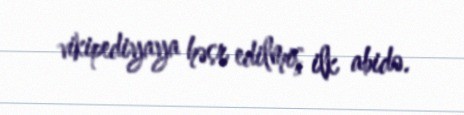
vikipediyaya həsr edilmiş ilk abidə.